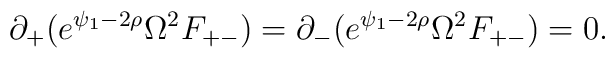
\partial_+(e^{\psi_1-2\rho}\Omega^2 F_{+-})=\partial_-(e^{\psi_1-2\rho}\Omega^2 F_{+-})=0.